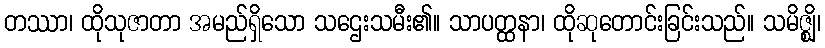
တဿာ၊ ထိုသုဇာတာ အမည်ရှိသော သဌေးသမီး၏။ သာပတ္ထနာ၊ ထိုဆုတောင်းခြင်းသည်။ သမိဇ္ဈိ၊